65_HS1-834228961_62-HQ-83894_Section_1
Agency: FBI
Page 47
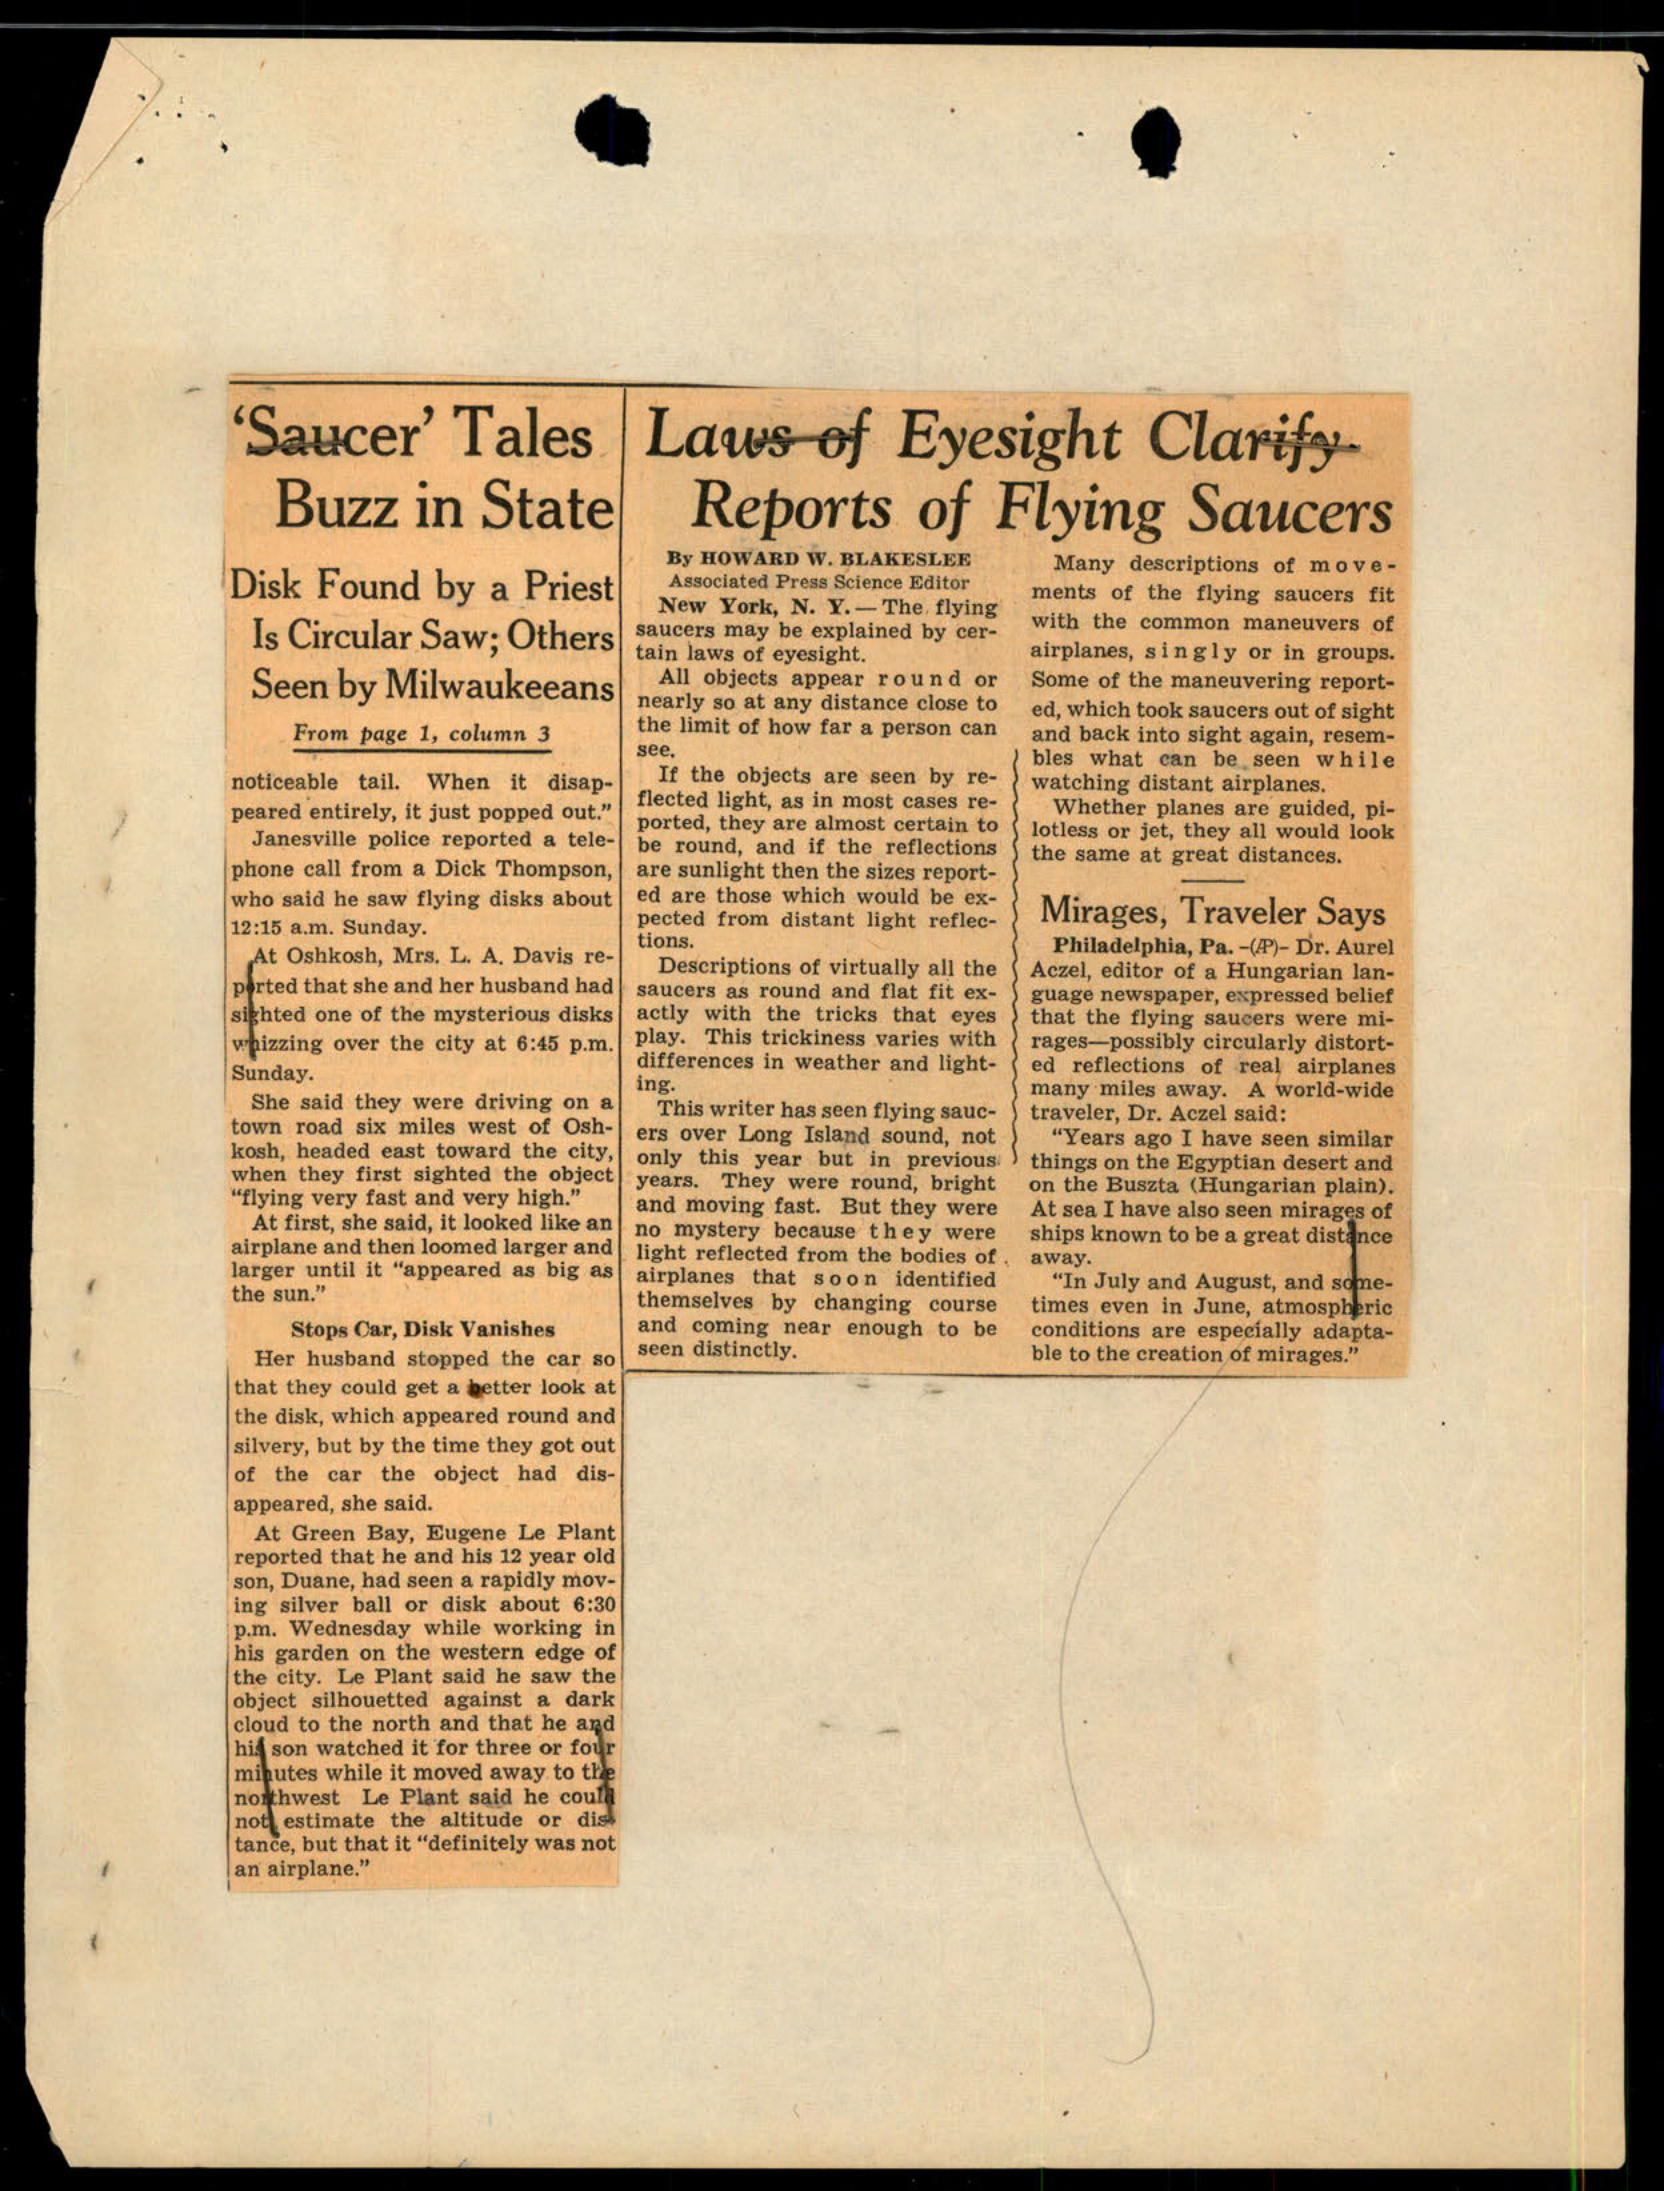